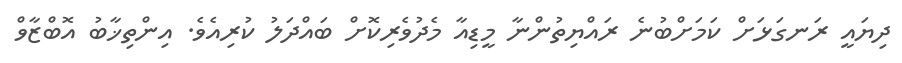
ދިޔައީ ރަނގަޅަށް ކަމަށްބުނެ ރައްޔިތުންނާ މީޑިއާ މެދުވެރިކޮށް ބައްދަލު ކުރިއެވެ. އިންތިޚާބު އޮބްޒާވް